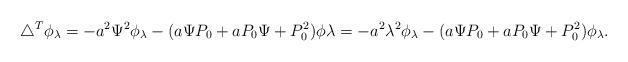
LaTeX: \begin{align*}\triangle^T\phi_\lambda=-a^2\Psi^2\phi_\lambda-(a\Psi P_0+aP_0 \Psi+P_0^2)\phi\lambda=-a^2\lambda^2\phi_\lambda-(a\Psi P_0+aP_0 \Psi+P_0^2)\phi_\lambda.\end{align*}